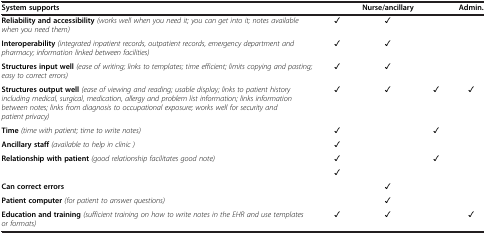
<table><thead><tr><td><b>System supports</b></td><td>[EMPTY_CELL]</td><td><b>Nurse/ancillary</b></td><td>[EMPTY_CELL]</td><td><b>Admin.</b></td></tr></thead><tbody><tr><td><b>Reliability and accessibility</b><i>(works well when you need it; you can get into it; notes available when you need them)</i></td><td>✓</td><td>✓</td><td>[EMPTY_CELL]</td><td>[EMPTY_CELL]</td></tr><tr><td><b>Interoperability</b><i>(integrated inpatient records, outpatient records, emergency department and pharmacy; information linked between facilities)</i></td><td>✓</td><td>✓</td><td>[EMPTY_CELL]</td><td>[EMPTY_CELL]</td></tr><tr><td><b>Structures input well</b><i>(ease of writing; links to templates; time efficient; limits copying and pasting; easy to correct errors)</i></td><td>✓</td><td>✓</td><td>[EMPTY_CELL]</td><td>[EMPTY_CELL]</td></tr><tr><td><b>Structures output well</b><i>(ease of viewing and reading; usable display; links to patient history including medical, surgical, medication, allergy and problem list information; links information between notes; links from diagnosis to occupational exposure; works well for security and patient privacy)</i></td><td>✓</td><td>✓</td><td>✓</td><td>✓</td></tr><tr><td><b>Time</b><i>(time with patient; time to write notes)</i></td><td>✓</td><td>[EMPTY_CELL]</td><td>✓</td><td>[EMPTY_CELL]</td></tr><tr><td><b>Ancillary staff</b><i>(available to help in clinic )</i></td><td>✓</td><td>[EMPTY_CELL]</td><td>[EMPTY_CELL]</td><td>[EMPTY_CELL]</td></tr><tr><td><b>Relationship with patient</b><i>(good relationship facilitates good note)</i></td><td>✓</td><td>[EMPTY_CELL]</td><td>✓</td><td>[EMPTY_CELL]</td></tr><tr><td>[EMPTY_CELL]</td><td>✓</td><td>[EMPTY_CELL]</td><td>[EMPTY_CELL]</td><td>[EMPTY_CELL]</td></tr><tr><td><b>Can correct errors</b></td><td>[EMPTY_CELL]</td><td>✓</td><td>[EMPTY_CELL]</td><td>[EMPTY_CELL]</td></tr><tr><td><b>Patient computer</b><i>(for patient to answer questions)</i></td><td>[EMPTY_CELL]</td><td>✓</td><td>[EMPTY_CELL]</td><td>[EMPTY_CELL]</td></tr><tr><td><b>Education and training</b><i>(sufficient training on how to write notes in the EHR and use templates or formats)</i></td><td>✓</td><td>✓</td><td>[EMPTY_CELL]</td><td>✓</td></tr></tbody></table>